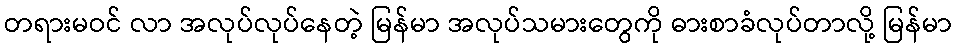
တရားမဝင် လာ အလုပ်လုပ်နေတဲ့ မြန်မာ အလုပ်သမားတွေကို ဓားစာခံလုပ်တာလို့ မြန်မာ